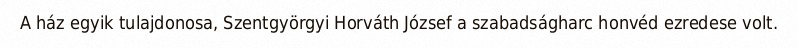
A ház egyik tulajdonosa, Szentgyörgyi Horváth József a szabadságharc honvéd ezredese volt.